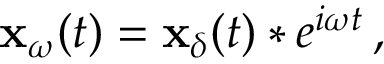
\mathbf { x } _ { \omega } ( t ) = \mathbf { x } _ { \delta } ( t ) * e ^ { i \omega t } \, ,